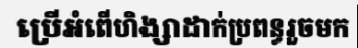
ប្រើអំពើហិង្សាដាក់ប្រពន្ធរួចមក